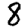
Digit: 8